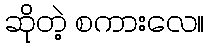
ဆိုတဲ့ စကားလေ။